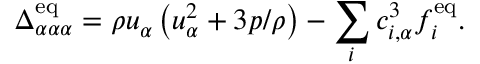
\Delta _ { \alpha \alpha \alpha } ^ { \mathrm { e q } } = \rho u _ { \alpha } \left( u _ { \alpha } ^ { 2 } + 3 p / \rho \right) - \sum _ { i } c _ { i , \alpha } ^ { 3 } f _ { i } ^ { \mathrm { e q } } .